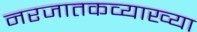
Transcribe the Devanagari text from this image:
नरजातकव्याख्या